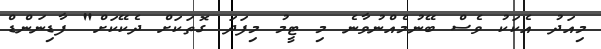
މިއަދު އެކަކު ވެސް ބޭނުމެއްނުވާނެ މި ޓީމު މިފަދަ ގޮތަކަށް ދެކޭކަށް" ފާޑިނަންޑް